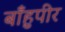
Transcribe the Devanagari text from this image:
बाँहुपीर